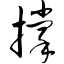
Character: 撑